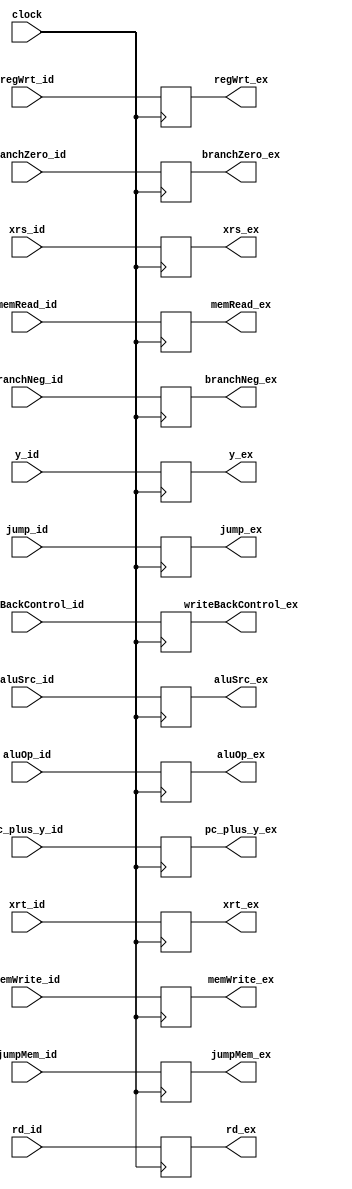
`timescale 1ns / 1ps
//////////////////////////////////////////////////////////////////////////////////
// Company: 
// Engineer: 
// 
// Design Name: 
// Module Name: id_ex_buf
// Project Name: 
// Target Devices: 
// Tool Versions: 
// Description: 
// 
// Dependencies: 
// 
// Revision:
// Revision 0.01 - File Created
// Additional Comments:
// 
//////////////////////////////////////////////////////////////////////////////////


module id_ex_buf(clock,aluOp_id, aluOp_ex, memRead_id, memRead_ex, memWrite_id, memWrite_ex, aluSrc_id, aluSrc_ex, writeBackControl_id, writeBackControl_ex, regWrt_id, regWrt_ex, branchZero_id, branchZero_ex, branchNeg_id, branchNeg_ex, jump_id, jump_ex, jumpMem_id,
          jumpMem_ex, pc_plus_y_ex, pc_plus_y_id, xrs_id, xrs_ex, xrt_id, xrt_ex, y_id, y_ex, rd_id, rd_ex);

input clock;
          
input [1:0] writeBackControl_id;
input regWrt_id, branchZero_id, branchNeg_id, jump_id, jumpMem_id;
input [2:0] aluOp_id;
input memRead_id, memWrite_id, aluSrc_id;

input [31:0] pc_plus_y_id;
input [31:0] xrs_id;
input [31:0] xrt_id;
input [31:0] y_id;

input [5:0] rd_id;

output reg [1:0] writeBackControl_ex;
output reg regWrt_ex, branchZero_ex, branchNeg_ex, jump_ex, jumpMem_ex;
output reg [2:0] aluOp_ex;
output reg memRead_ex, memWrite_ex, aluSrc_ex;
output reg [31:0] pc_plus_y_ex;
output reg [31:0] xrs_ex;
output reg [31:0] xrt_ex;
output reg [31:0] y_ex;

output reg [5:0] rd_ex;

always@(posedge clock)
begin
	writeBackControl_ex = writeBackControl_id;
	regWrt_ex = regWrt_id;
	branchZero_ex = branchZero_id;
	branchNeg_ex = branchNeg_id;
	jump_ex = jump_id;
	jumpMem_ex = jumpMem_id;
	aluOp_ex = aluOp_id;
	memRead_ex = memRead_id;
	memWrite_ex = memWrite_id;
	aluSrc_ex = aluSrc_id;
	pc_plus_y_ex = pc_plus_y_id;
	xrs_ex = xrs_id;
	xrt_ex = xrt_id;
	y_ex = y_id;
	rd_ex = rd_id;
end
endmodule